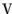
V